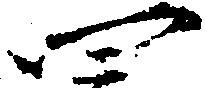
四